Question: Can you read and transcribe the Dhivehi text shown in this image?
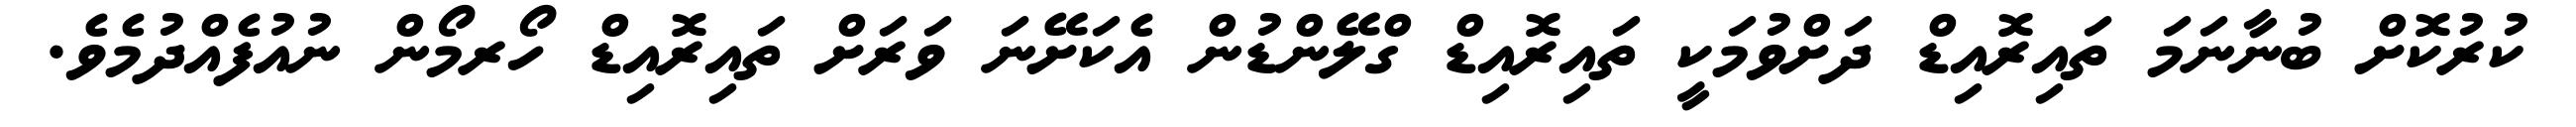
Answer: ކުރުކޮށް ބުނާނަމަ ތައިރޮއިޑް ދަށްވުމަކީ ތައިރޮއިޑް ގްލޭންޑުން އެކަށޭނަ ވަރަށް ތައިރޮއިޑް ހޯރމޯން ނުއުފެއްދުމެވެ.